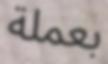
بعملة